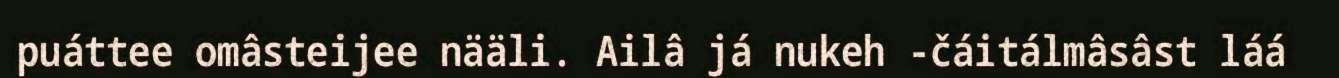
puáttee omâsteijee nääli. Ailâ já nukeh -čáitálmâsâst láá